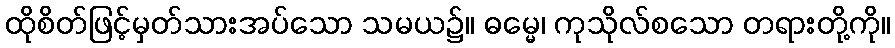
ထိုစိတ်ဖြင့်မှတ်သားအပ်သော သမယ၌။ ဓမ္မေ၊ ကုသိုလ်စသော တရားတို့ကို။